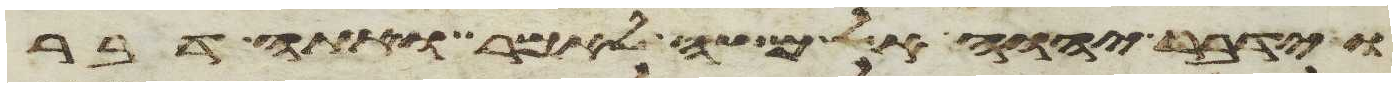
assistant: וידבר יהוה אל משה לאמר ואתה דבר